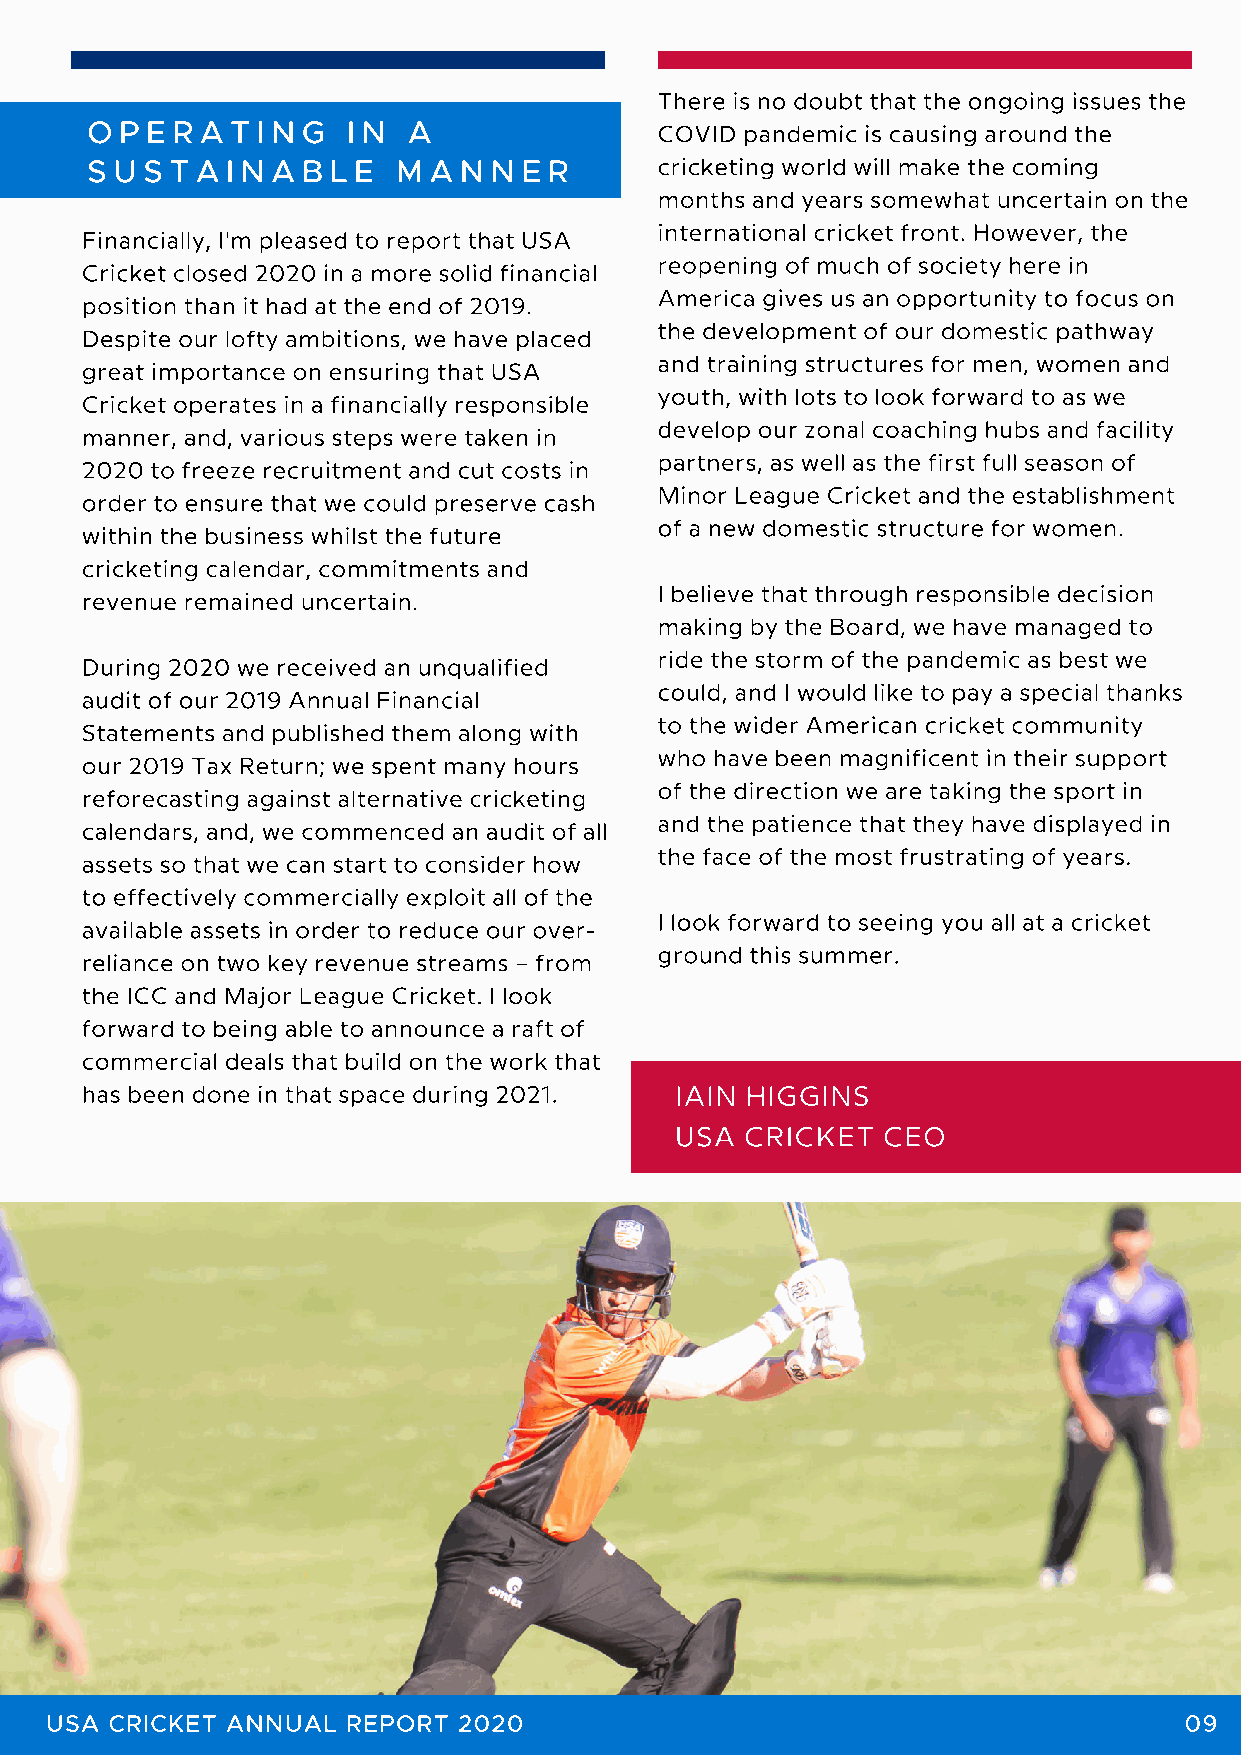
There is no doubt that the ongoing issues the
 O P E R A T I N G I N A
 COVID pandemic is causing around the
 S U S T A I N A B L E M A N N E R     cricketing world will make the coming
 months and years somewhat uncertain on the
 international cricket front. However, the
 Financially, I'm pleased to report that USA
 reopening of much of society here in
 Cricket closed 2020 in a more solid financial
 America gives us an opportunity to focus on
 position than it had at the end of 2019.
 the development of our domestic pathway
 Despite our lofty ambitions, we have placed
 and training structures for men, women and
 great importance on ensuring that USA
 youth, with lots to look forward to as we
 Cricket operates in a financially responsible
 develop our zonal coaching hubs and facility
 manner, and, various steps were taken in
 partners, as well as the first full season of
 2020 to freeze recruitment and cut costs in
 Minor League Cricket and the establishment
 order to ensure that we could preserve cash
 of a new domestic structure for women.
 within the business whilst the future
 cricketing calendar, commitments and
 I believe that through responsible decision
 revenue remained uncertain.
 making by the Board, we have managed to
 ride the storm of the pandemic as best we
 During 2020 we received an unqualified
 could, and I would like to pay a special thanks
 audit of our 2019 Annual Financial
 to the wider American cricket community
 Statements and published them along with
 who have been magnificent in their support
 our 2019 Tax Return; we spent many hours
 of the direction we are taking the sport in
 reforecasting against alternative cricketing
 and the patience that they have displayed in
 calendars, and, we commenced an audit of all
 the face of the most frustrating of years.
 assets so that we can start to consider how
 to effectively commercially exploit all of the
 I look forward to seeing you all at a cricket
 available assets in order to reduce our over-
 ground this summer.
 reliance on two key revenue streams – from
 the ICC and Major League Cricket. I look
 forward to being able to announce a raft of
 commercial deals that build on the work that
 has been done in that space during 2021. IAIN HIGGINS
 USA CRICKET  CEO
 USA CRICKET ANNUAL  REPORT 2020                                            09